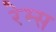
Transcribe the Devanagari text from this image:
रेम्स